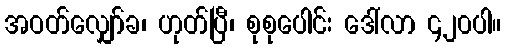
အဝတ်လျှော်ခ၊ ဟုတ်ပြီ၊ စုစုပေါင်း ဒေါ်လာ ၄၂၀ပါ။